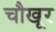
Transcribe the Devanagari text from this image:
चौखूर